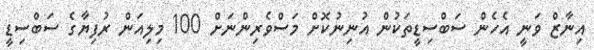
އިނާޒް ވަނީ އެހެން ސަބްސިޑީތަކުން އުނިނުކޮށް މަސްވެރިންނަށް 100 މިލިއަން ރުފިޔާގެ ސަބްސިޑީ